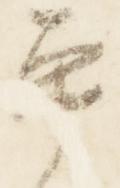
平